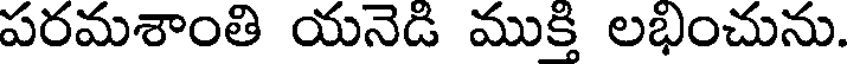
పరమశాంతి యనెడి ముక్తి లభించును.